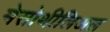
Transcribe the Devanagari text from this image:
मेसोथीलिअल